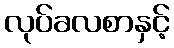
လုပ်ခလစာနှင့်